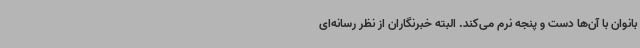
بانوان با آن‌ها دست و پنجه نرم می‌کند. البته خبرنگاران از نظر رسانه‌ای